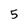
Character: 5